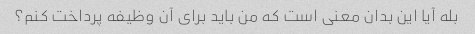
بله آیا این بدان معنی است که من باید برای آن وظیفه پرداخت کنم؟